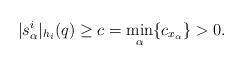
LaTeX: \begin{align*} | s_\alpha^i|_{h_i}(q)\geq c=\min_{\alpha} \{c_{x_\alpha}\}>0.\end{align*}